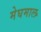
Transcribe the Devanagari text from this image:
मेघमाल